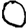
Digit: 0